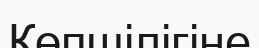
Көпшілігіне